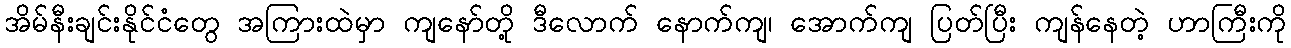
အိမ်နီးချင်းနိုင်ငံတွေ အကြားထဲမှာ ကျနော်တို့ ဒီလောက် နောက်ကျ၊ အောက်ကျ ပြတ်ပြီး ကျန်နေတဲ့ ဟာကြီးကို